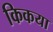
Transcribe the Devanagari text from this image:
किकया